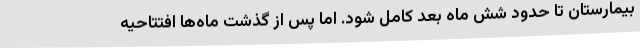
بیمارستان تا حدود شش ماه بعد کامل شود. اما پس از گذشت ماه‌ها افتتاحیه